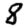
Digit: 8